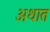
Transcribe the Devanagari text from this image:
अथात